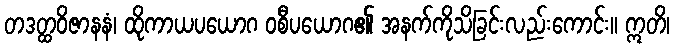
တဒတ္ထဝိဇာနနံ၊ ထိုကာယပယောဂ ဝစီပယောဂ၏ အနက်ကိုသိခြင်းလည်းကောင်း။ ဣတိ၊